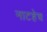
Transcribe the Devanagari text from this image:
नाटहेच